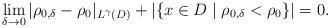
LaTeX: \begin{align*} \lim_{\delta \to 0} |\rho_{0,\delta} - \rho_{0}|_{L^{\gamma}(D)} + | \{x \in D \mid \rho_{0,\delta} < \rho_{0} \} | = 0.\end{align*}